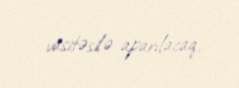
vasitəsilə aparılacaq.